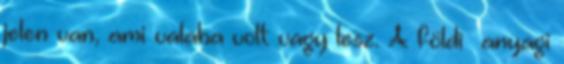
jelen van, ami valaha volt vagy lesz. A földi anyagi